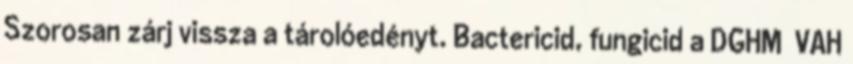
Szorosan zárj vissza a tárolóedényt. Bactericid, fungicid a DGHM VAH